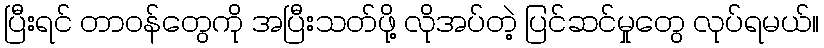
ပြီးရင် တာဝန်တွေကို အပြီးသတ်ဖို့ လိုအပ်တဲ့ ပြင်ဆင်မှုတွေ လုပ်ရမယ်။